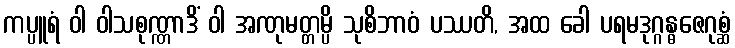
ကပ္ပူရံ ဝါ ဝါသစုဏ္ဏာဒိံ ဝါ အဏုမတ္တမ္ပိ သုစိဘာဝံ ပဿတိ, အထ ခေါ ပရမဒုဂ္ဂန္ဓဇေဂုစ္ဆံ